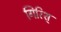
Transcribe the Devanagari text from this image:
गिरिश्